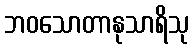
ဘဝသောတာနုသာရိသု